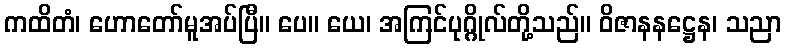
ကထိတံ၊ ဟောတော်မူအပ်ပြီ။ ပေ။ ယေ၊ အကြင်ပုဂ္ဂိုလ်တို့သည်။ ဝိဇာနနဋ္ဌေန၊ သညာ